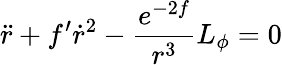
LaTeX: \ddot{r}+f^{\prime}\dot{r}^{2}-\frac{e^{-2f}}{r^{3}}L_{\phi}=0